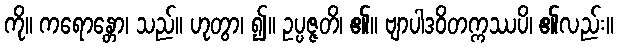
ကို။ ကရောန္တော၊ သည်။ ဟုတွာ၊ ၍။ ဥပ္ပဇ္ဇတိ၊ ၏။ ဗျာပါဒဝိတက္ကဿပိ၊ ၏လည်း။